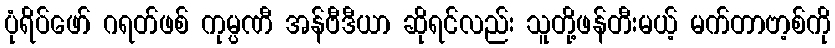
ပုံရိပ်ဖော် ဂရတ်ဖစ် ကုမ္ပဏီ အန်ဗီဒီယာ ဆိုရင်လည်း သူတို့ဖန်တီးမယ့် မက်တာဗာ့စ်ကို